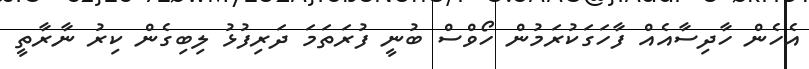
އެހެން ހާދިސާއެއް ފާހަގަކުރަމުން ހޯވްސް ބުނީ ފުރަތަމަ ދަރިފުޅު ލިބިގެން ކިރު ނާރާތީ